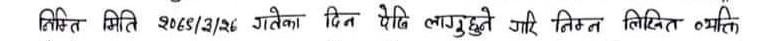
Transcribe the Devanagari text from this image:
मिति २०७३/३/२६ गतेका दिन पेसी लागुहुने गरि निलिखित व्यक्ति